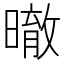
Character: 㬚